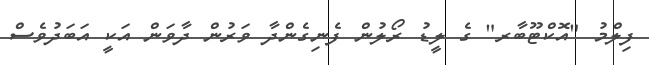
ފިލްމު "އޮކްޓޫބާރ" ގެ ލީޑު ރޯލުން ފެނިގެންދާ ވަރުން ދާވަން އަކީ އަބަދުވެސް